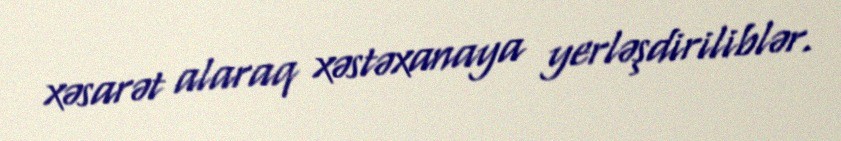
xəsarət alaraq xəstəxanaya yerləşdiriliblər.